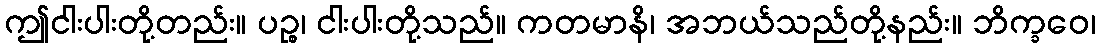
ဤငါးပါးတို့တည်း။ ပဉ္စ၊ ငါးပါးတို့သည်။ ကတမာနိ၊ အဘယ်သည်တို့နည်း။ ဘိက္ခဝေ၊